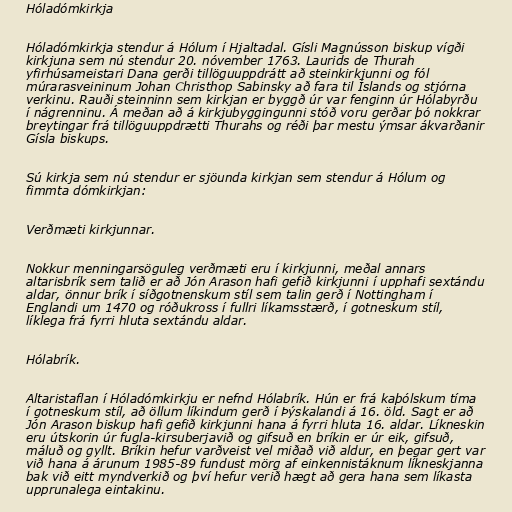
Hóladómkirkja

Hóladómkirkja stendur á Hólum í Hjaltadal. Gísli Magnússon biskup vígði
kirkjuna sem nú stendur 20. nóvember 1763. Laurids de Thurah
yfirhúsameistari Dana gerði tillöguuppdrátt að steinkirkjunni og fól
múrarasveininum Johan Christhop Sabinsky að fara til Íslands og stjórna
verkinu. Rauði steinninn sem kirkjan er byggð úr var fenginn úr Hólabyrðu
í nágrenninu. Á meðan að á kirkjubyggingunni stóð voru gerðar þó nokkrar
breytingar frá tillöguuppdrætti Thurahs og réði þar mestu ýmsar ákvarðanir
Gísla biskups.

Sú kirkja sem nú stendur er sjöunda kirkjan sem stendur á Hólum og
fimmta dómkirkjan:

Verðmæti kirkjunnar.

Nokkur menningarsöguleg verðmæti eru í kirkjunni, meðal annars
altarisbrík sem talið er að Jón Arason hafi gefið kirkjunni í upphafi sextándu
aldar, önnur brík í síðgotnenskum stíl sem talin gerð í Nottingham í
Englandi um 1470 og róðukross í fullri líkamsstærð, í gotneskum stíl,
líklega frá fyrri hluta sextándu aldar.

Hólabrík.

Altaristaflan í Hóladómkirkju er nefnd Hólabrík. Hún er frá kaþólskum tíma
í gotneskum stíl, að öllum líkindum gerð í Þýskalandi á 16. öld. Sagt er að
Jón Arason biskup hafi gefið kirkjunni hana á fyrri hluta 16. aldar. Líkneskin
eru útskorin úr fugla-kirsuberjavið og gifsuð en bríkin er úr eik, gifsuð,
máluð og gyllt. Bríkin hefur varðveist vel miðað við aldur, en þegar gert var
við hana á árunum 1985-89 fundust mörg af einkennistáknum líkneskjanna
bak við eitt myndverkið og því hefur verið hægt að gera hana sem líkasta
upprunalega eintakinu.